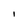
Character: I